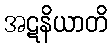
အဋနိယာတိ